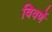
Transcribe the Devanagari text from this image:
विवर्णे